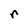
Character: r